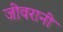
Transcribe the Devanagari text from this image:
जीवरानी